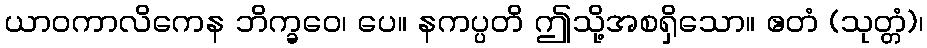
ယာဝကာလိကေန ဘိက္ခဝေ၊ ပေ။ နကပ္ပတိ ဤသို့အစရှိသော။ ဧတံ (သုတ္တံ)၊